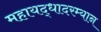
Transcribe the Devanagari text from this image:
महायद्धादरम्यान